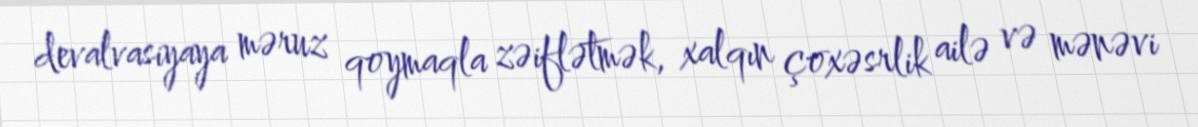
devalvasiyaya məruz qoymaqla zəiflətmək, xalqın çoxəsrlik ailə və mənəvi